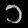
Digit: ၁